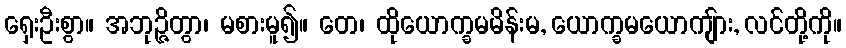
ရှေးဦးစွာ။ အဘုဉ္ဇိတွာ၊ မစားမူ၍။ တေ၊ ထိုယောက္ခမမိန်းမ, ယောက္ခမယောကျ်ား, လင်တို့ကို။